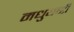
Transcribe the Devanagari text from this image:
मधुयष्‍टी